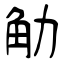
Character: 觔